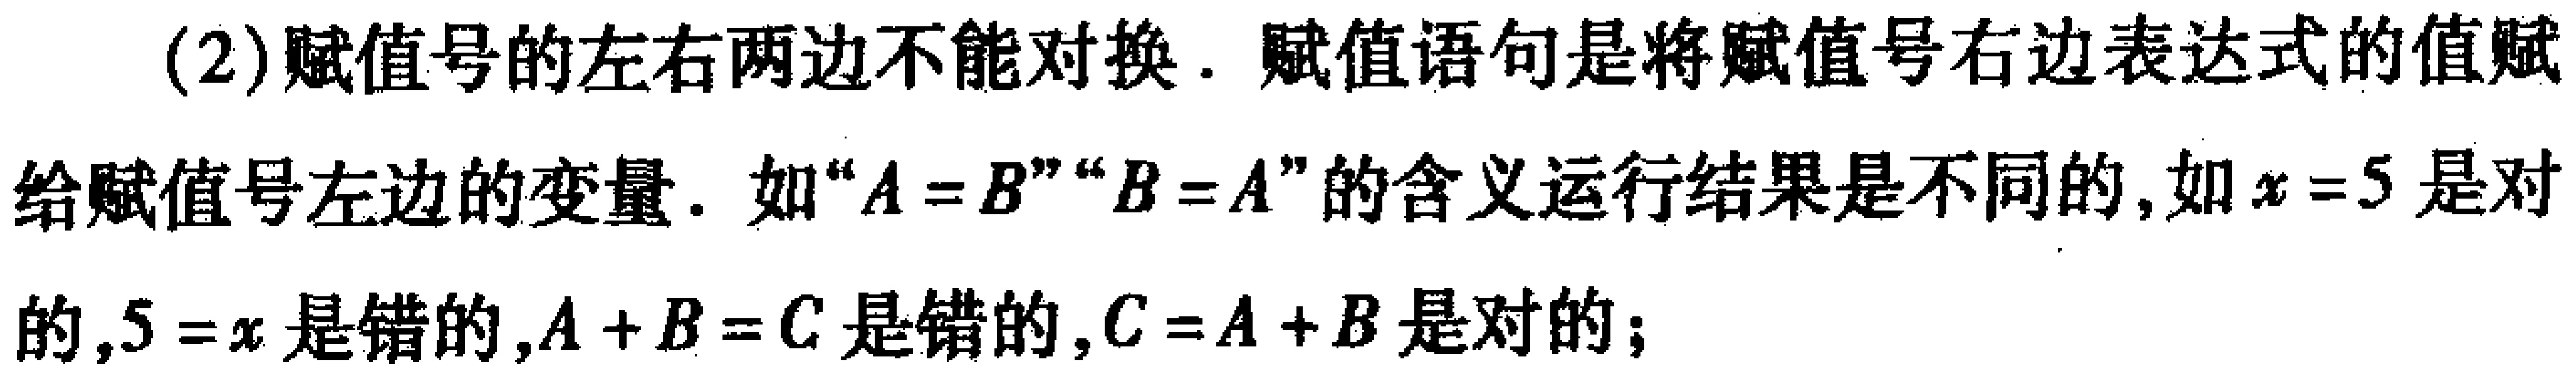
(2)赋值号的左右两边不能对换. 赋值语句是将赋值号右边表达式的值赋给赋值号左边的变量. 如“\(A = B\)”“\(B = A\)”的含义运行结果是不同的,如\(x = 5\)是对的,\(5 = x\)是错的,\(A + B = C\)是错的,\(C = A + B\)是对的;